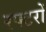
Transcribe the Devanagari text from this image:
रफ्टरों